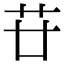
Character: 𦬵